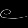
Digit: ၉